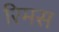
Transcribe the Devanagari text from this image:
रिमस